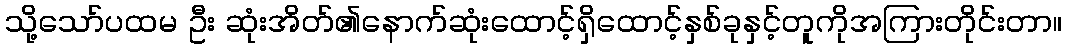
သို့သော်ပထမ ဦး ဆုံးအိတ်၏နောက်ဆုံးထောင့်ရှိထောင့်နှစ်ခုနှင့်တူကိုအကြားတိုင်းတာ။